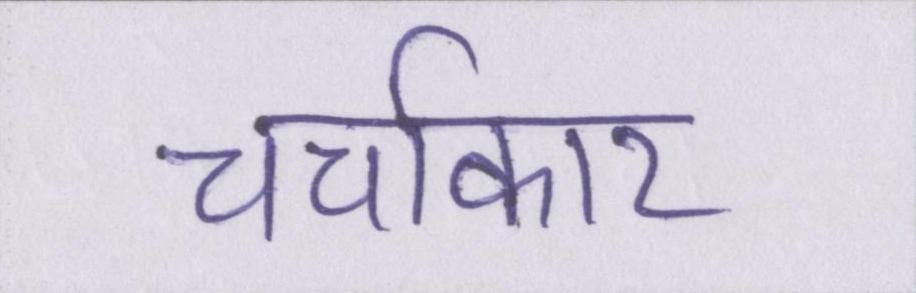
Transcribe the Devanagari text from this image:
चर्चाकार